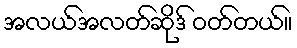
အလယ်အလတ်ဆိုဒ် ဝတ်တယ်။